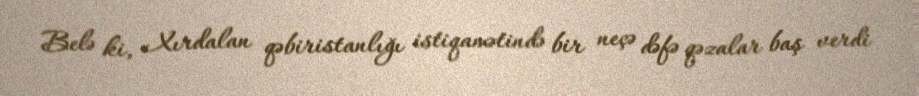
Belə ki, Xırdalan qəbiristanlığı istiqamətində bir neçə dəfə qəzalar baş verdi